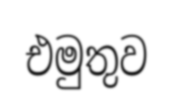
එමුතුව